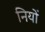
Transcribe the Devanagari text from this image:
नियों